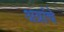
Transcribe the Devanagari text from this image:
अग्रांचे